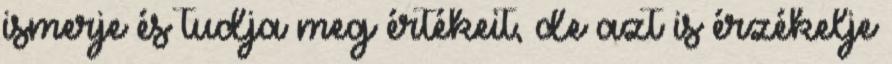
ismerje és tudja meg értékeit, de azt is érzékelje